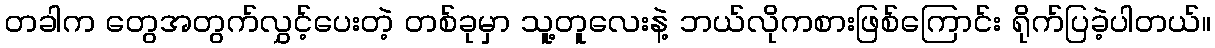
တခါက တွေအတွက်လွှင့်ပေးတဲ့ တစ်ခုမှာ သူ့တူလေးနဲ့ ဘယ်လိုကစားဖြစ်ကြောင်း ရိုက်ပြခဲ့ပါတယ်။